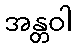
အန္တဝါ